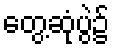
တွေ့ဆုံပွဲ၌